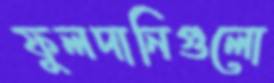
ফুলদানিগুলো